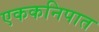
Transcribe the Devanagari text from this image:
एककनिपात